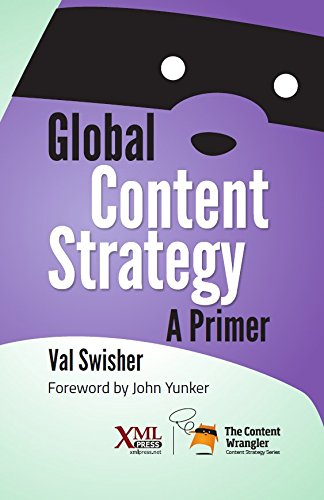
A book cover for Global Content Strategy: A Primer; Val Swisher; Computers & Technology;